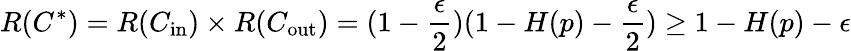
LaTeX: R(C^{*})=R(C_{\mathrm{in}})\times R(C_{\mathrm{out}})=(1-{\frac{\epsilon}{2}})(1-H(p)-{\frac{\epsilon}{2}})\geq 1-H(p)-\epsilon